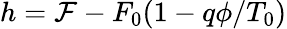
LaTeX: h=\mathcal{F}-F_{0}(1-q\phi/T_{0})